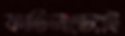
ফার্ডিনান্ডেরই